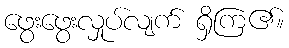
ဖွေးဖွေးလှုပ်လျက် ရှိကြ၏။